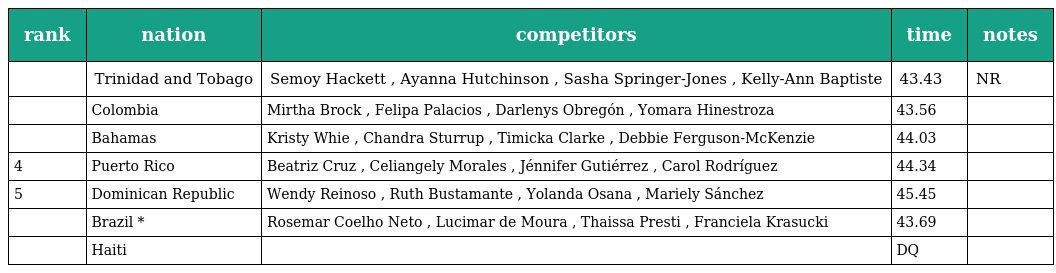
| rank | nation | competitors | time | notes |
 | --- | --- | --- | --- | --- |
 |  | Trinidad and Tobago | Semoy Hackett , Ayanna Hutchinson , Sasha Springer-Jones , Kelly-Ann Baptiste | 43.43 | NR |
 |  | Colombia | Mirtha Brock , Felipa Palacios , Darlenys Obregón , Yomara Hinestroza | 43.56 |  |
 |  | Bahamas | Kristy Whie , Chandra Sturrup , Timicka Clarke , Debbie Ferguson-McKenzie | 44.03 |  |
 | 4 | Puerto Rico | Beatriz Cruz , Celiangely Morales , Jénnifer Gutiérrez , Carol Rodríguez | 44.34 |  |
 | 5 | Dominican Republic | Wendy Reinoso , Ruth Bustamante , Yolanda Osana , Mariely Sánchez | 45.45 |  |
 |  | Brazil * | Rosemar Coelho Neto , Lucimar de Moura , Thaissa Presti , Franciela Krasucki | 43.69 |  |
 |  | Haiti |  | DQ |  |